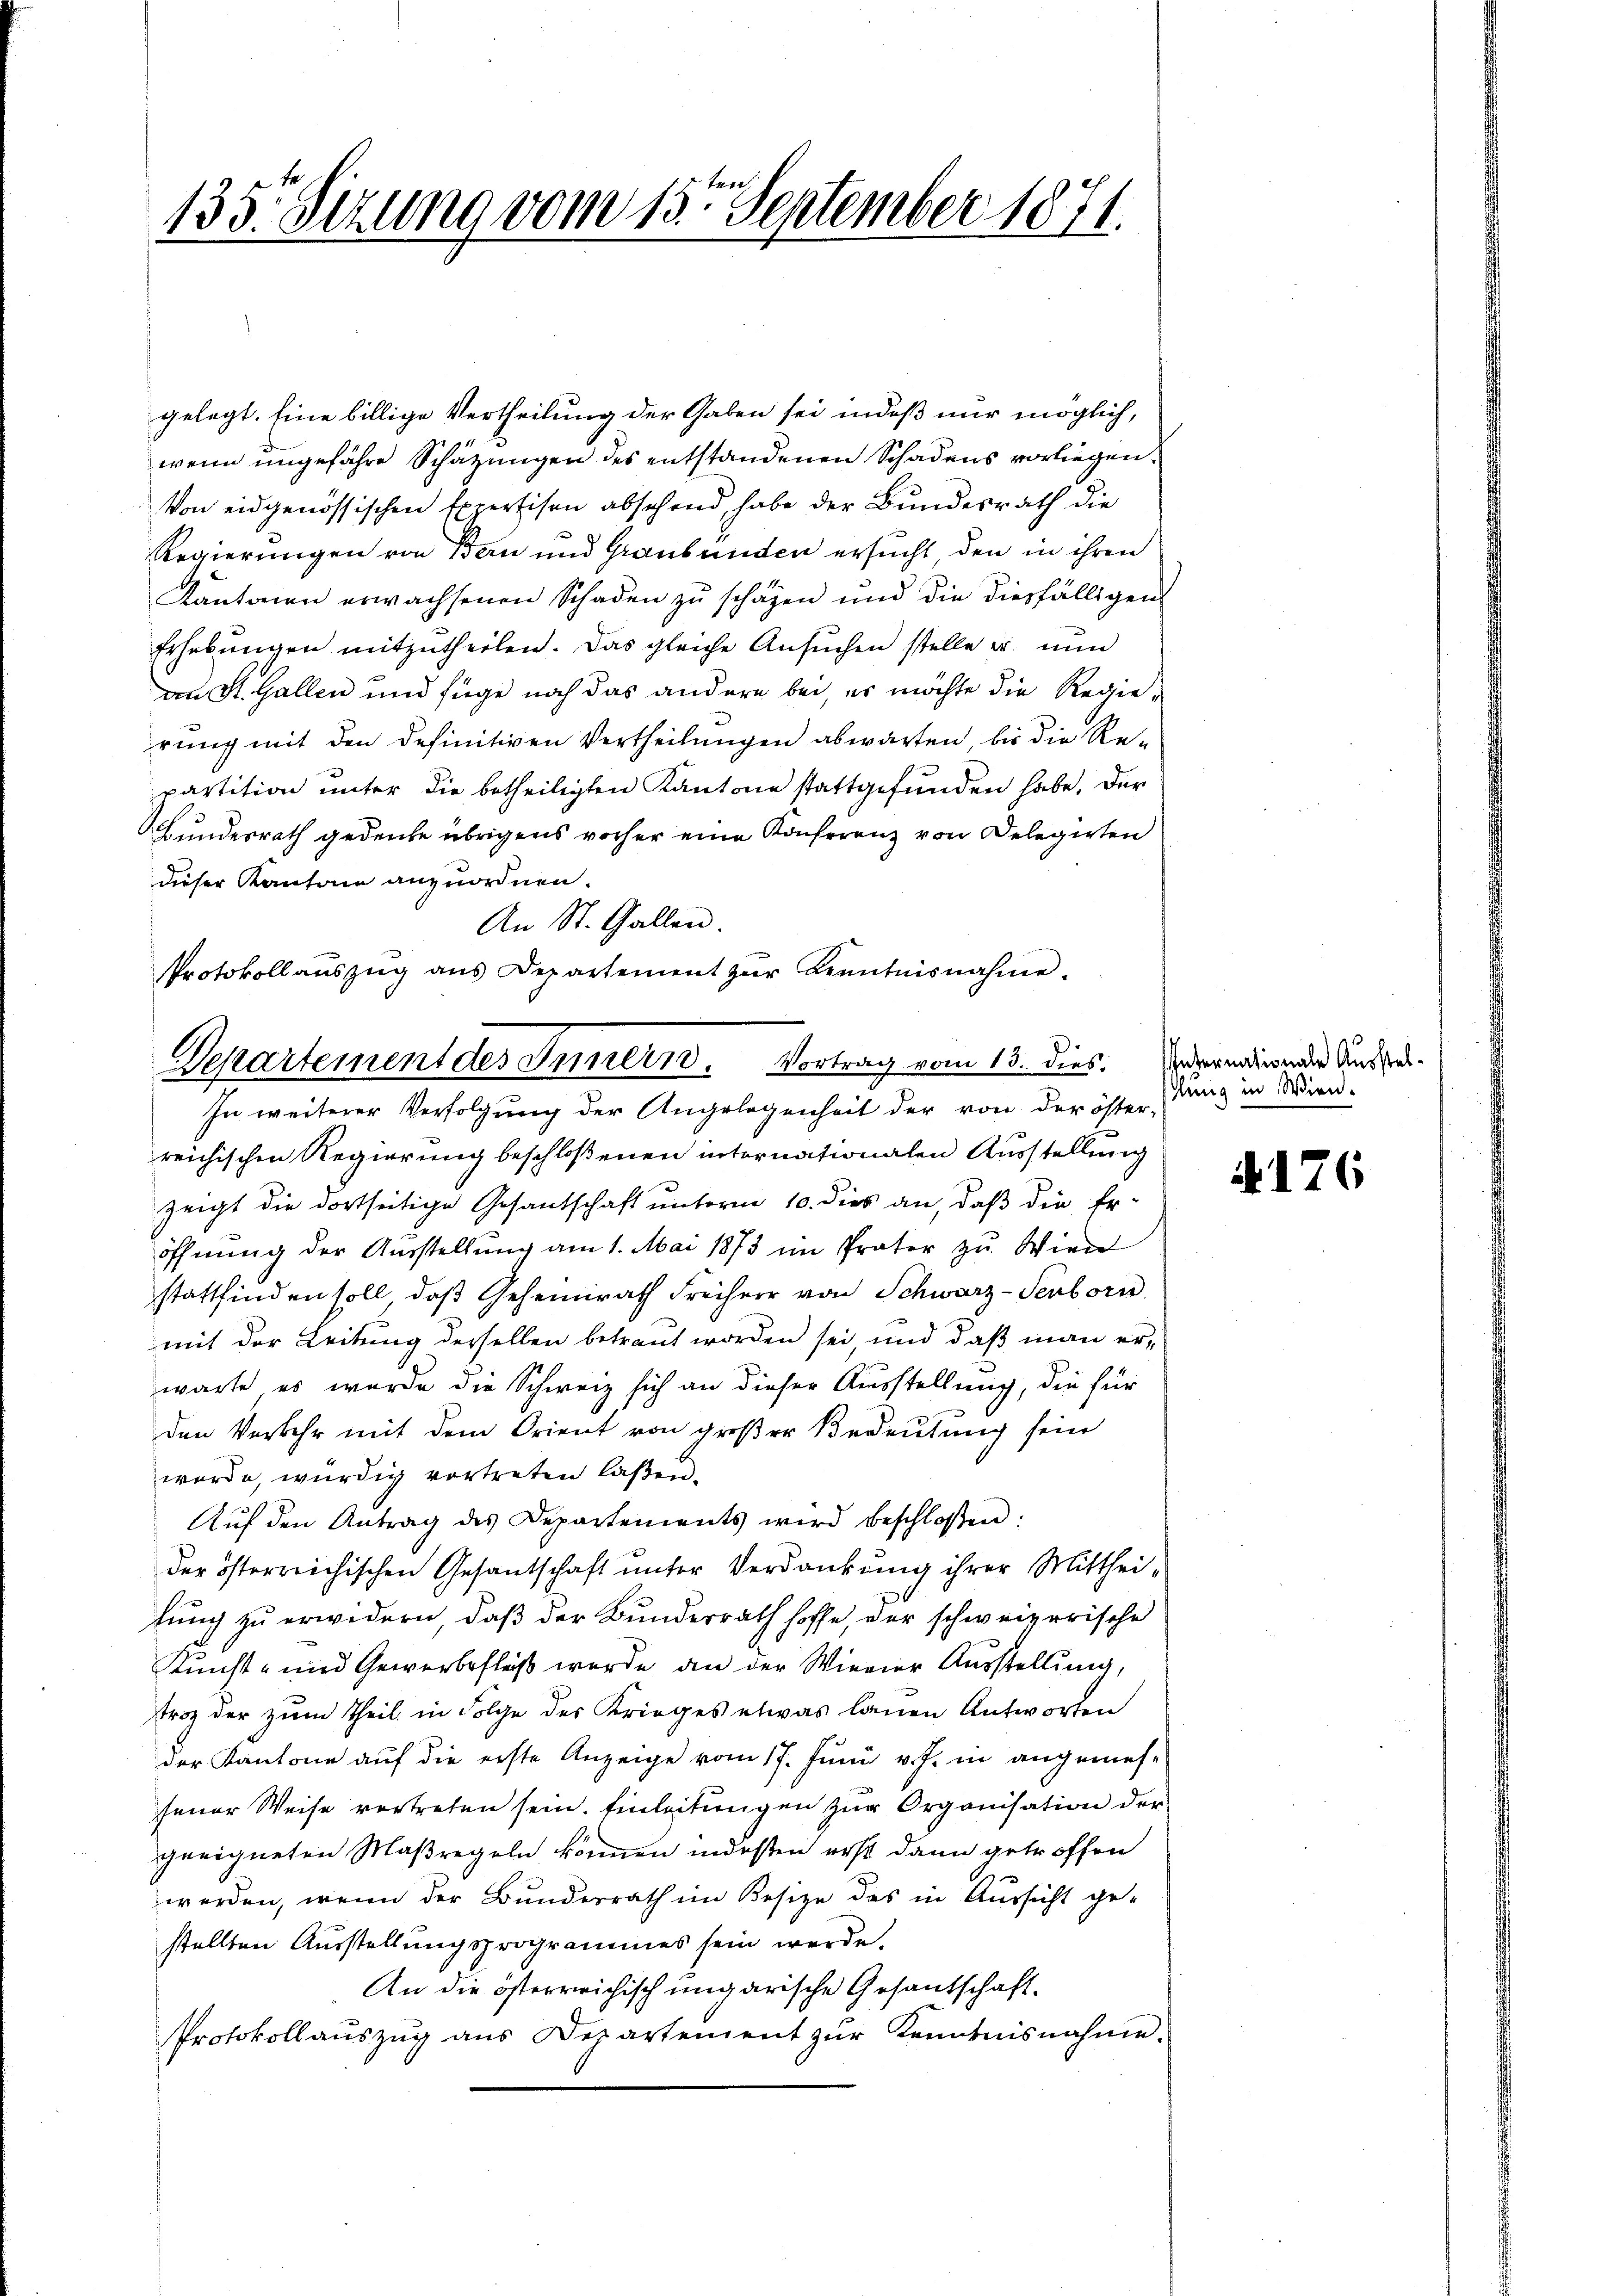
135. Sizung vom 15ten September 1871.

gelegt. Eine billige Vertheilung der Gaben sei indeß nur möglich,
wenn ungefähre Schätzungen des entstandenen Schadens vorliegen.
Von eidgenössischen Expertisen absehend, habe der Bundesrath die
Regierungen von Bern und Graubünden ersucht, den in ihren
Kantonen erwachsenen Schaden zu schäzen und die diesfälligen
Erhebungen mitzutheilen. Das gleiche Ansuchen stelle er nun
an St. Gallen und füge noch das andere bei es möchte die Regierung mit den definitiven Vertheilungen abwarten, bis die Repartition unter die betheiligten Kantone stattgefunden habe, der
Bundesrath gedenke übrigens vorher eine Konferenz von Delegirten
dieser Kantone anzuordnen.
An St. Gallen.
Protokoll aŭszŭg aŭs Departement zŭr Kenntnisnahme.

Departement des Innern. Vortrag vom 13. dies
In weiterer Verfolgung der Angelegenheit der von der öster-

reichischen Regierung beschloßenen internationalen Ausstellung
zeigt die dortseitige Gesantschaft unterm 10. dies an, daß die Er-
öffnŭng der Aŭsstellŭng am 1. Mai 1873 im Prator zu Wien
stattfinden soll, daß Geheimrath Freiherr von Schwarz-Senborn
mit der Leitung derselben betraut worden sei und daß man erwarte es wurde die Schweiz sich an dieser Ausstellung, die für
den Verkehr mit dem Orient von großer Bedeutung sein
werde, würdig vortreten laßen.
Aŭf den Antrag des Departements wird beschloßen:
der österreichischen Gesantschaft ŭnter Verdankŭng ihrer Mitthei-
tung zu erwidern, daß der Bunderrath hoffe, der schweizerische
Kunst- und Gewerbsfluß wurde an der Wievier Ausstellung,
troz der zum Theil in Folge des Krieges etwas lauen Antworten
der Kantone auf die erste Anzeige vom 17. Juni v. J. in angemes-
feuer Weise vortreten sein. Einleitungen zur Organisation der
geeigneten Maßregeln können indessen erst dann getroffen
werden, wenn der Bunderrath im Besize des in Aussicht gestellten Ausstellungsprogrammes sein werde.
An die österreichisch ungarische Gesantschaft¬
Protokollauszug aus Departement zŭr Kenntnisnahme.

Internationale Ausstelslung in Wien.

4176